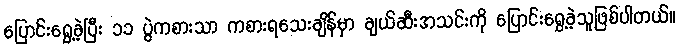
ပြောင်းရွှေ့ခဲ့ပြီး ၁၁ ပွဲကစားသာ ကစားရသေးချိန်မှာ ချယ်ဆီးအသင်းကို ပြောင်းရွှေ့ခဲ့သူဖြစ်ပါတယ်။